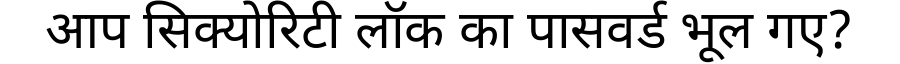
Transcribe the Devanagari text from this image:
आप सिक्योरिटी लॉक का पासवर्ड भूल गए?